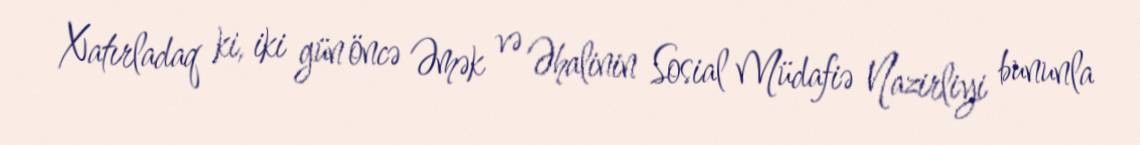
Xatırladaq ki, iki gün öncə Əmək və Əhalinin Sosial Müdafiə Nazirliyi bununla